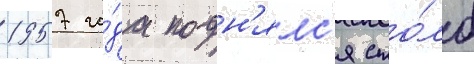
1957 го́да подн'ялс'я сто́лб